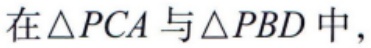
在\(\triangle PCA\)与\(\triangle PBD\)中，